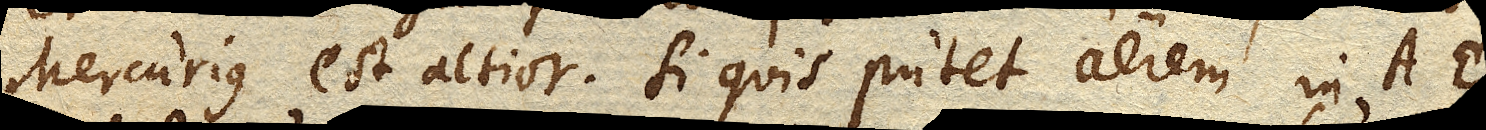
Mercurius est altior. Si quis putet aerem in AE.